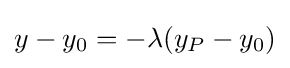
y-y_{0}=-\lambda (y_{P}-y_{0})